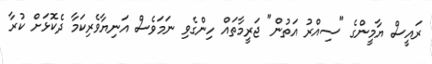
ރައީސް ޔާމީންގެ "ސިއްރު އަތުން" ޖަރީމާތައް ހިންގެވި ނަމަވެސް އަނިޔާވެރިކަމާ ދެކޮޅަށް ކުރާ